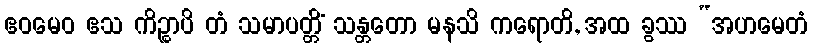
ဧဝမေဝ ဧသ ကိဉ္စာပိ တံ သမာပတ္တိံ သန္တတော မနသိ ကရောတိ, အထ ခွဿ “အဟမေတံ